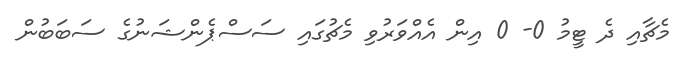
މެޗާއި ދެ ޓީމު 0- 0 އިން އެއްވަރުވި މެޗުގައި ސަސްޕެންޝަނުގެ ސަބަބުން